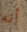
أنه